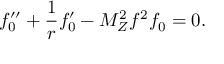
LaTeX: f _ { 0 } ^ { \prime \prime } + \frac 1 r f _ { 0 } ^ { \prime } - M _ { Z } ^ { 2 } f ^ { 2 } f _ { 0 } = 0 .